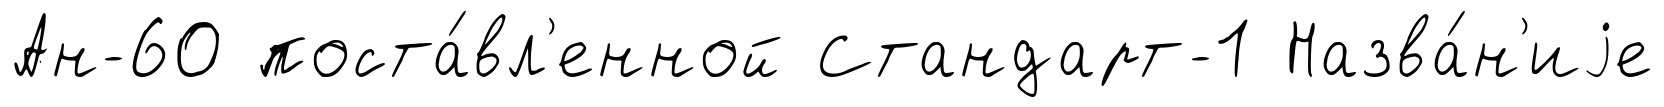
Ан-60 поста́вл'енной Стандарт-1 Назва́н'иjе